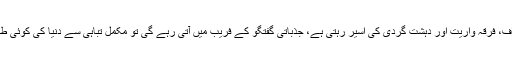
وہ اگر اب بھی عدم اعتراف، فرقہ واریت اور دہشت گردی کی اسیر رہتی ہے، جذباتی گفتگو کے فریب میں آتی رہے گی تو مکمل تباہی سے دنیا کی کوئی طاقت ہمیں نہیں بچا سکتی۔